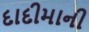
દાદીમાની